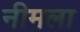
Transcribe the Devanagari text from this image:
नीमला